Indian journal of veterinary science and animal husbandry - Volume 4,
Year: 1934
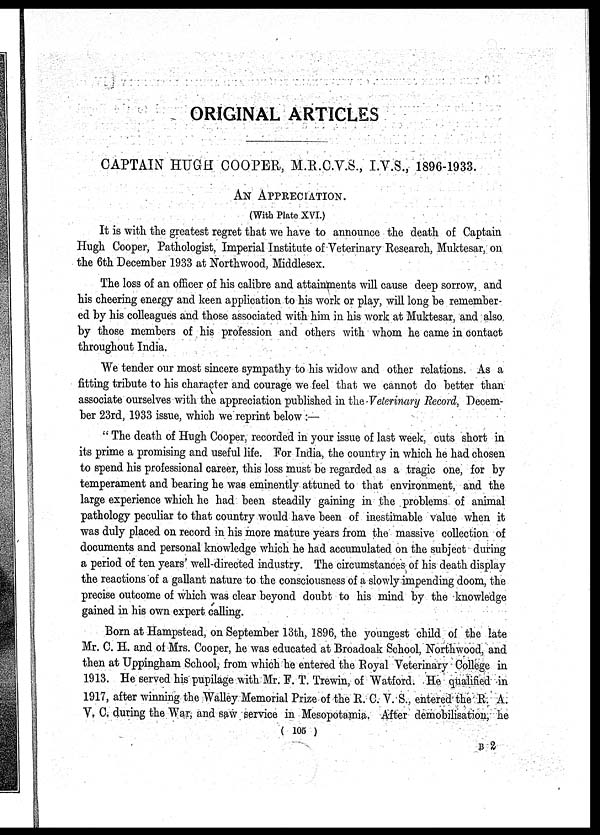
ORIGINAL ARTICLES
CAPTAIN HUGH COOPER, M.R.C.V.S., I.V.S., 1896-1933.
AN APPRECIATION.
(With Plate XVI)
It is with the greatest regret that we have to announce the death of Captain
Hugh Cooper, Pathologist, Imperial Institute of Veterinary Research, Muktesar, on
the 6th December 1933 at Northwood, Middlesex.
The loss of an officer of his calibre and attainments will cause deep sorrow, and
his cheering energy and keen application to his work or play, will long be remember-
ed by his colleagues and those associated with him in his work at Muktesar, and also
by those members of his profession and others with whom he came in contact
throughout India.
We tender our most sincere sympathy to his widow and other relations. As a
fitting tribute to his character and courage we feel that we cannot do better than
associate ourselves with the appreciation published in the Veterinary Record, Decem-
ber 23rd, 1933 issue, which we reprint below :—
" The death of Hugh Cooper, recorded in your issue of last week, cuts short in
its prime a promising and useful life. For India, the country in which he had chosen
to spend his professional career, this loss must be regarded as a tragic one, for by
temperament and bearing he was eminently attuned to that environment, and the
large experience which he had been steadily gaining in the problems of animal
pathology peculiar to that country would have been of inestimable value when it
was duly placed on record in his more mature years from the massive collection of
documents and personal knowledge which he had accumulated on the subject during
a period of ten years' well-directed industry. The circumstances of his death display
the reactions of a gallant nature to the consciousness of a slowly impending doom, the
precise outcome of which was clear beyond doubt to his mind by the knowledge
gained in his own expert calling.
Born at Hampstead, on September 13th, 1896, the youngest child of the late
Mr. C. H. and of Mrs. Cooper, he was educated at Broadoak School, Northwood, and
then at Uppingham School, from which he entered the Royal Veterinary College in
1913. He served his pupilage with Mr. F. T. Trewin, of Watford. He qualified in
1917, after winning the Walley Memorial Prize of the R. C. V. S., entered the R. A.
V. C. during the War, and saw service in Mesopotamia. After demobilisation, he
( 105 )
B 2